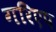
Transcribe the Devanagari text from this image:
गरिएप